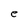
Character: e